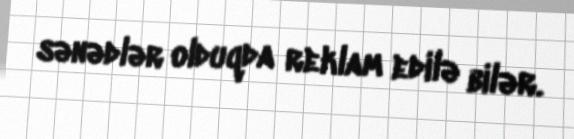
sənədlər olduqda reklam edilə bilər.